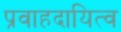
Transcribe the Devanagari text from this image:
प्रवाहदायित्व